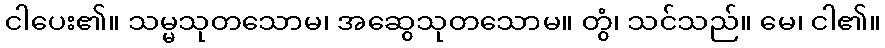
ငါပေး၏။ သမ္မသုတသောမ၊ အဆွေသုတသောမ။ တွံ၊ သင်သည်။ မေ၊ ငါ၏။